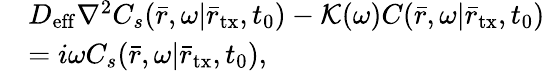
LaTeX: \begin{array}{rl}&{D_{\mathrm{eff}}{\nabla^{2}}C_{s}(\bar{r},\omega|{{\bar{r}}_{\mathrm{tx}}},{t_{0}})-\mathcal K(\omega)C(\bar{r},\omega|{{\bar{r}}_{\mathrm{tx}}},{t_{0}})}\\ &{=i\omega C_{s}(\bar{r},\omega|{{\bar{r}}_{\mathrm{tx}}},{t_{0}}),}\end{array}